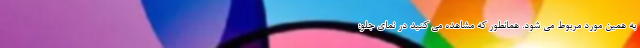
به همین مورد مربوط می شود. همانطور که مشاهده می کنید در نمای جلو؛